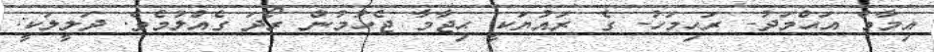
އިމާމް އަޙްމަދު- ރަޙިމަހު- ގެ ރައުޔަކީ ޙިޖާމާ ޖެހުމުން ރޯދަ ގެއްލުމެވެ. ދަލީލަކީ: